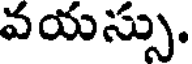
వయస్సు.